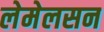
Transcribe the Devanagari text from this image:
लेमेलसन